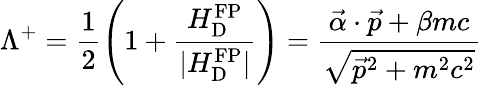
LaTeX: \Lambda^{+}=\frac{1}{2}\left(1+\frac{H_{\mathrm{D}}^{\mathrm{FP}}}{|H_{\mathrm{D}}^{\mathrm{FP}}|}\right)=\frac{\vec{\alpha}\cdot\vec{p}+\beta mc}{\sqrt{\vec{p}^{2}+m^{2}c^{2}}}